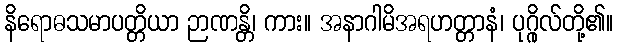
နိရောဓသမာပတ္တိယာ ဉာဏန္တိ၊ ကား။ အနာဂါမိအရဟတ္တာနံ၊ ပုဂ္ဂိုလ်တို့၏။